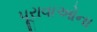
પૂરાવાઓના